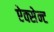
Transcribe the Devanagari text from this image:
ऐक्सेन्ट